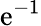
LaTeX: \mathrm{e}^{-1}